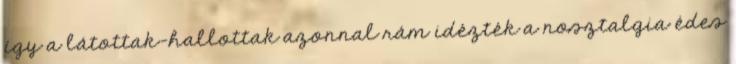
így a látottak-hallottak azonnal rám idézték a nosztalgia édes